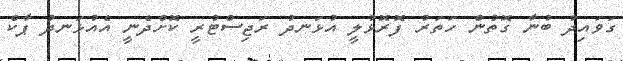
ގަވައިދު ބުނާ ގޮތުން ހަތަރު ފޮރޮޅުލީ އުޅަނދު ރަޖިސްޓުރީ ކޮށްދެނީ އެއުޅަނދު ޕާކް